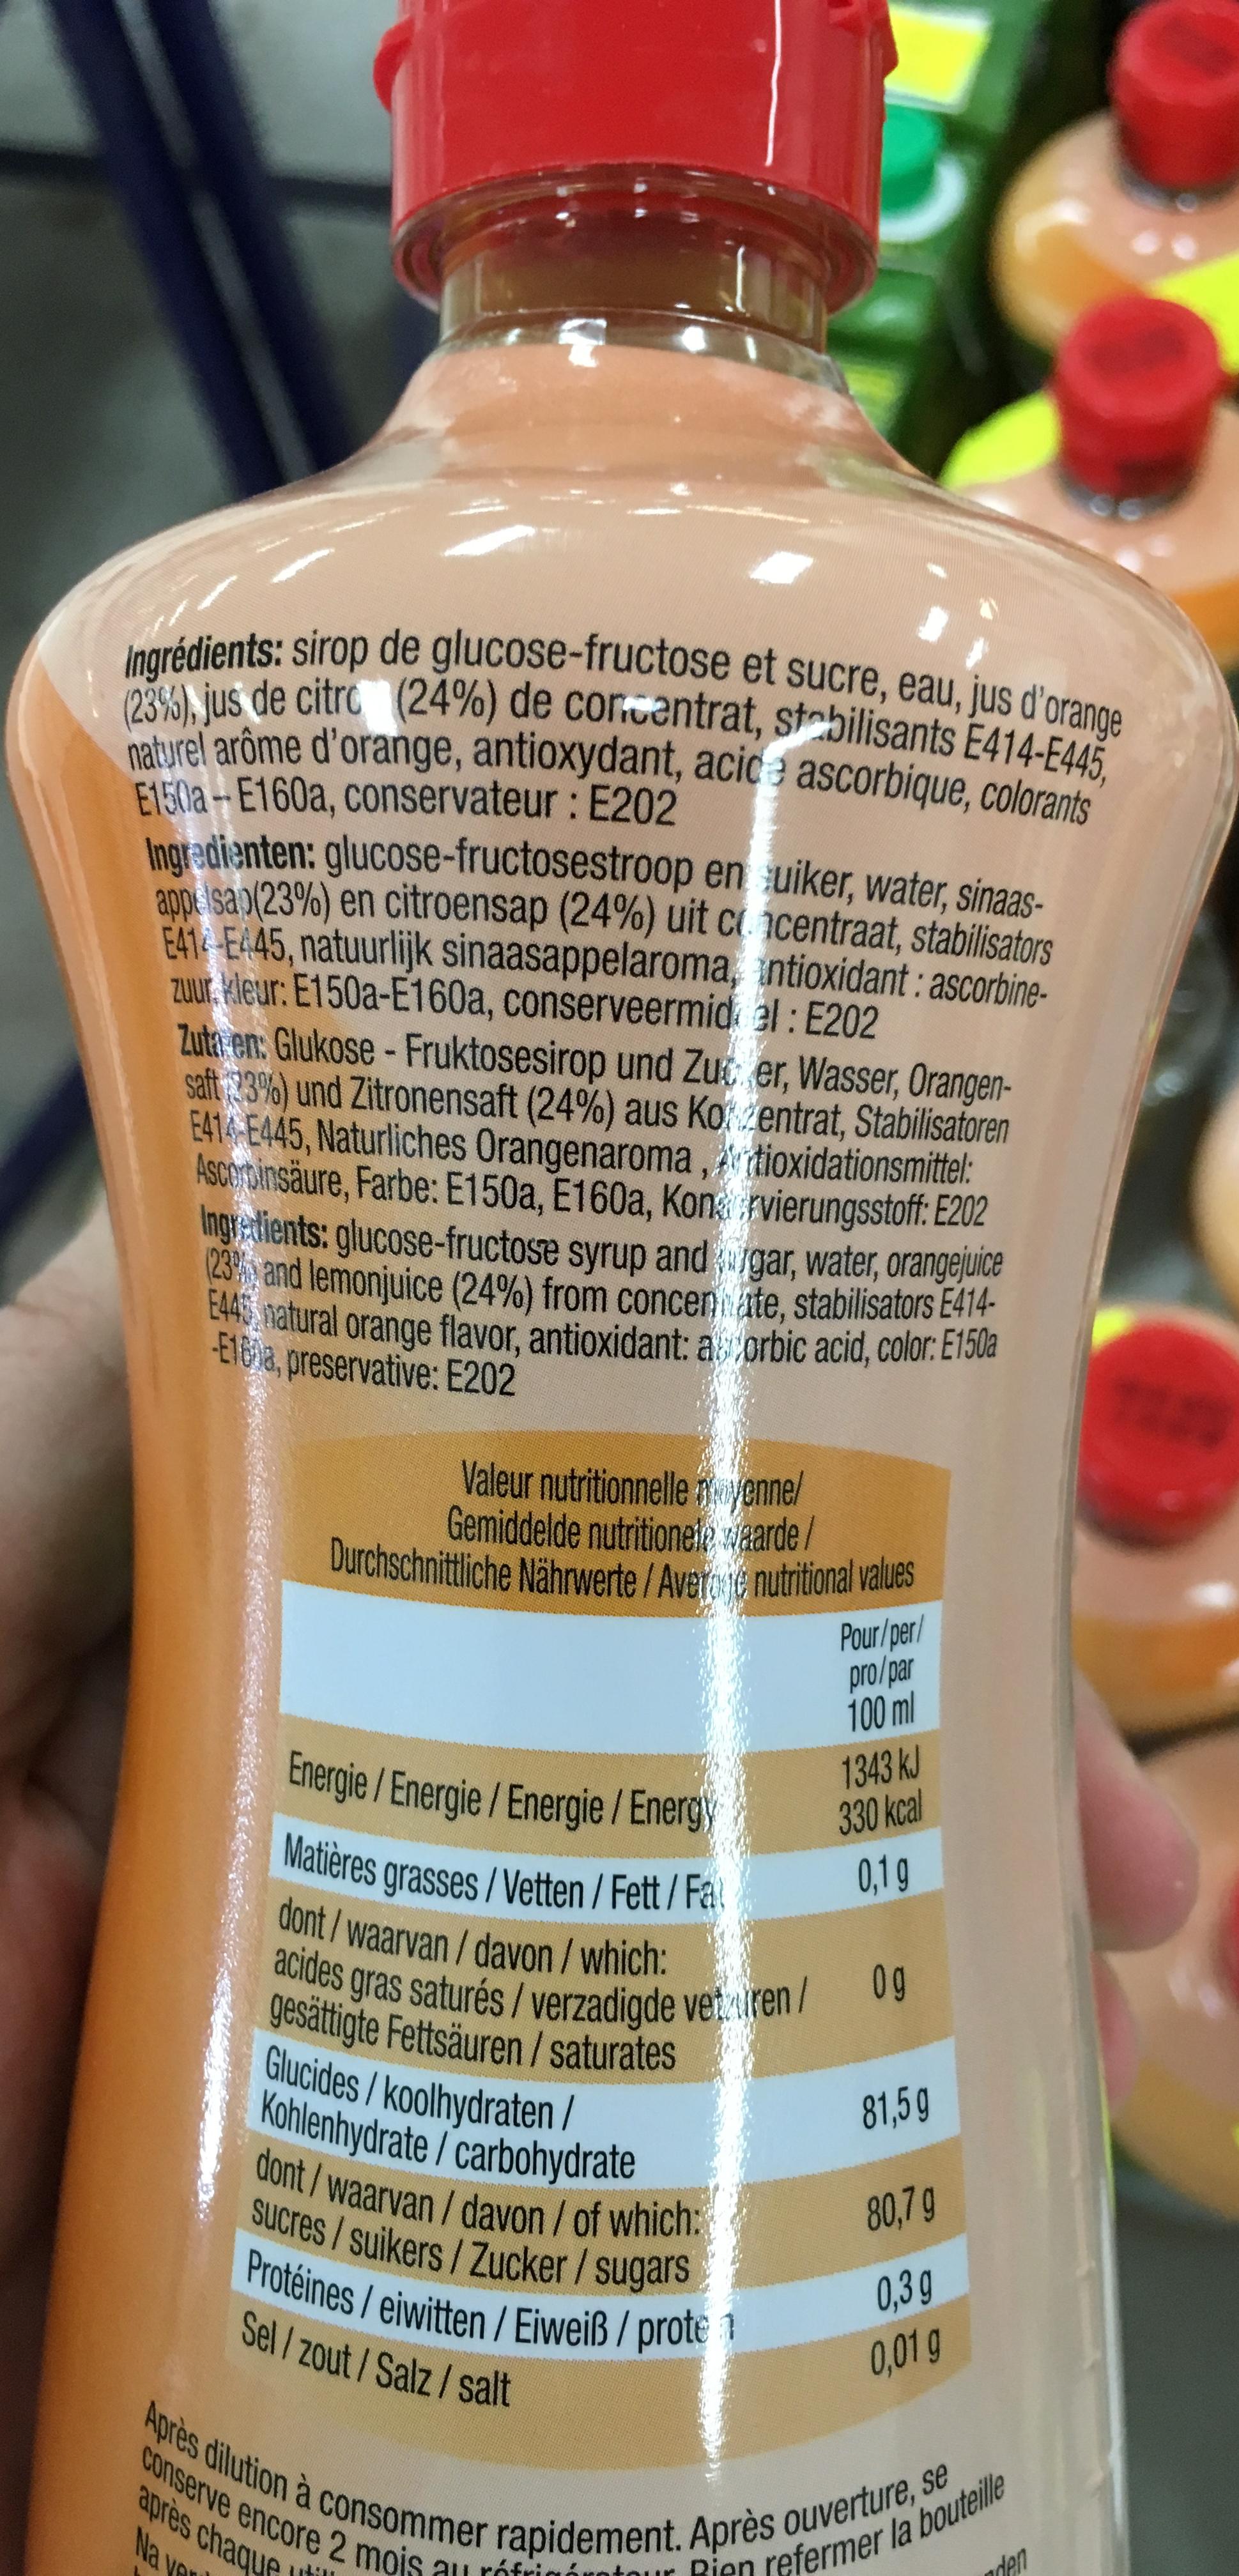
Ingrédients: sirop de glucose-fructose et sucre, eau, jus d'orange (23%), jus de citro (24%) de concentrat, stabilisants E414-E445, naturel arôme d'orange, antioxydant, acice ascorbique, colorants
E150a-E160a, conservateur: E202
Ingredienten: glucose-fructosestroop en suiker, water, sinaasappelsa (23%) en citroensap (24%) uit concentraat, stabilisators E414-E445, natuurlijk sinaasappelaroma, antioxidant: ascorbinezuur kleur: E150a-E160a, conserveermiddel: E202
Zuta en: Glukose-Fruktosesirop und Zucker, Wasser, Orangensaft 23%) und Zitronensaft (24%) aus Kozentrat, Stabilisatoren E414-E445, Naturliches Orangenaroma, tioxidationsmittel: Ascorbinsäure, Farbe: E150a, E160a, Konarvierungsstoff: E202 Ingredients: glucose-fructose syrup and gar, water, orangejuice (23% and lemonjuice (24%) from concenate, stabilisators E414E445 natural orange flavor, antioxidant: ascorbic acid, color: E150a E160a, preservative: E202
f
Valeur nutritionnelle nyenne/ Gemiddelde nutritionele waarde /
Durchschnittliche Nährwerte / Avere nutritional values
Energie / Energie / Energie / Energy
Matières grasses/Vetten / Fett/Fat/ dont / waarvan / davon / which: acides gras saturés/verzadigde vetzuren / og gesättigte Fettsäuren/saturates Glucides/koolhydraten/ Kohlenhydrate/carbohydrate
dont/waarvan/davon / of which: sucres/suikers/Zucker / sugars Protéines/ eiwitten/Eiweiß/prote
Sel/zout/Salz/salt
conserve encore 2 mois
après
chaque Na ve
Pour/per/
pro/par
100 ml
au réfri
1343 kJ
330 kcal
0,1g
Après dilution à consommer rapidement. Après ouverture, se
in refermer la bouteille
den
81,59
80,7 g
0,3g
0,01 g
C